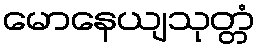
မောနေယျသုတ္တံ